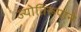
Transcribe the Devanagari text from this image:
ज्योतिरूपाने